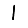
Digit: 1